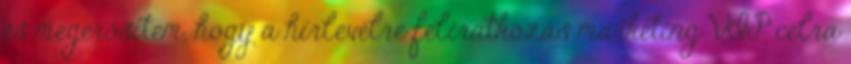
és megerősítem, hogy a hírlevélre feliratkozás marketing VIP célra